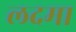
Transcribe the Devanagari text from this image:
लदमा